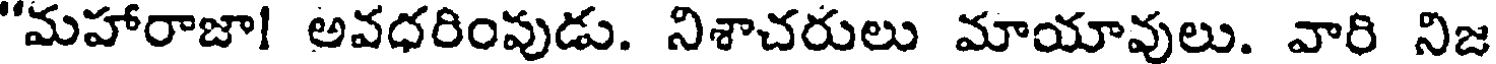
"మహారాజా! అవధరింపుడు. నిశాచరులు మాయావులు. వారి నిజ